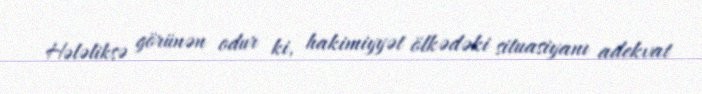
Hələliksə görünən odur ki, hakimiyyət ölkədəki situasiyanı adekvat